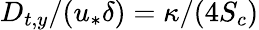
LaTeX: D_{t,y}/(u_{*}\delta)=\kappa/(4S_{c})